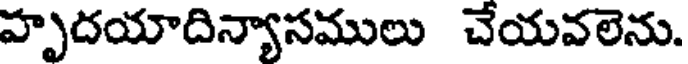
హృదయాదిన్యాసములు చేయవలెను.